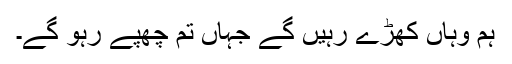
ہم وہاں کھڑے رہیں گے جہاں تم چھپے رہو گے۔